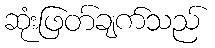
ဆုံးဖြတ်ချက်သည်